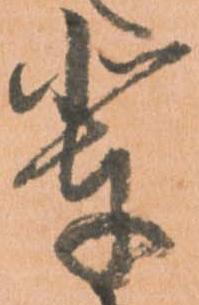
輩